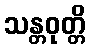
သန္တဝုတ္တိ